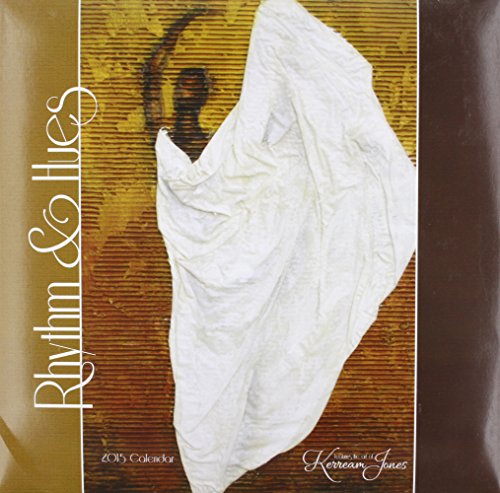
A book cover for Rhythm & Hues 2015 Calendar; Calendars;